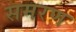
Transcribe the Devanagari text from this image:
समरण